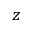
z